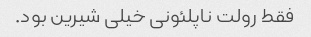
فقط رولت ناپلئونی خیلی شیرین بود.